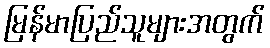
မြန်မာပြည်သူများအတွက်